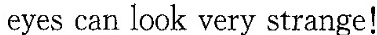
eyes can look very strange!